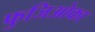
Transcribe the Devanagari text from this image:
फुजिओका